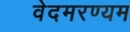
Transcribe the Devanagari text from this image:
वेदमरण्यम